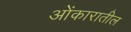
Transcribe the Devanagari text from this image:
ओंकारातील